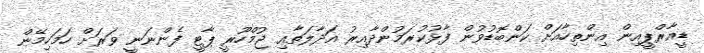
ޑީއާރްޕީއިން އިންތިހާއަށް ކަންބޮޑުވުން ފާޅުކުރަމުންދާއިރު އަދާލަތާއި ޖުމްހޫރީ ޕާޓީ ފެންނަނީ ވަރަށް ހަމަހިމޭން